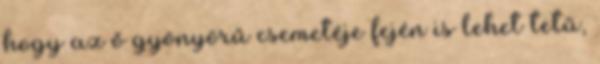
hogy az ő gyönyörű csemetéje fején is lehet tetű,